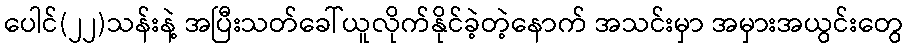
ပေါင်(၂၂)သန်းနဲ့ အပြီးသတ်ခေါ်ယူလိုက်နိုင်ခဲ့တဲ့နောက် အသင်းမှာ အမှားအယွင်းတွေ